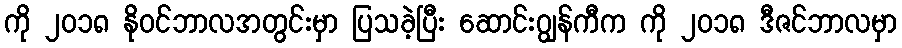
ကို ၂၀၁၈ နိုဝင်ဘာလအတွင်းမှာ ပြသခဲ့ပြီး ဆောင်းဂျွန်ကီက ကို ၂၀၁၈ ဒီဇင်ဘာလမှာ